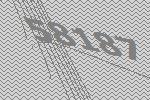
58187